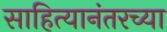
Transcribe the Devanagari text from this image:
साहित्यानंतरच्या